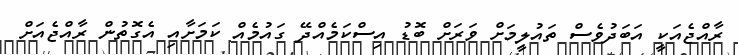
ރާއްޖެއަކީ އަބަދުވެސް ތައުލީމަށް ވަރަށް ބޮޑު އިސްކަމެއްދޭ ގައުމެއް ކަމަށާއި އެގޮތުން ރާއްޖެއަށް